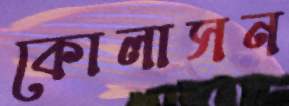
কোলাসন